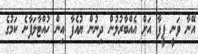
އޭނާ ވަނީ ފީފާ އަށް އެއްބާރުލުން ދިނުން ޔުއެފާ އިން ހުއްޓާލަފާނެ ކަމުގެ